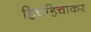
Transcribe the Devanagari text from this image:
हिचहिचाकर